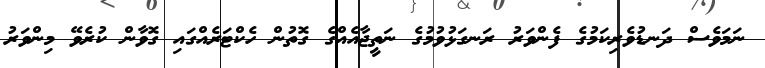
ނަމަވެސް ދަނޑުވެރިކަމުގެ ފެންވަރު ރަނގަޅުވުމުގެ ނަތީޖާއެއްގެ ގޮތުން ހެކްޓަރެއްގައި ގޮވާން ކުރެވޭ މިންވަރު